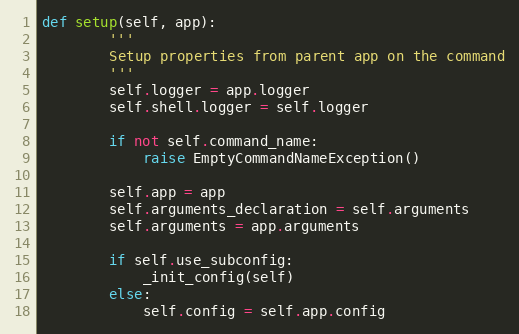
Language: Python
def setup(self, app):
        '''
        Setup properties from parent app on the command
        '''
        self.logger = app.logger
        self.shell.logger = self.logger

        if not self.command_name:
            raise EmptyCommandNameException()

        self.app = app
        self.arguments_declaration = self.arguments
        self.arguments = app.arguments

        if self.use_subconfig:
            _init_config(self)
        else:
            self.config = self.app.config